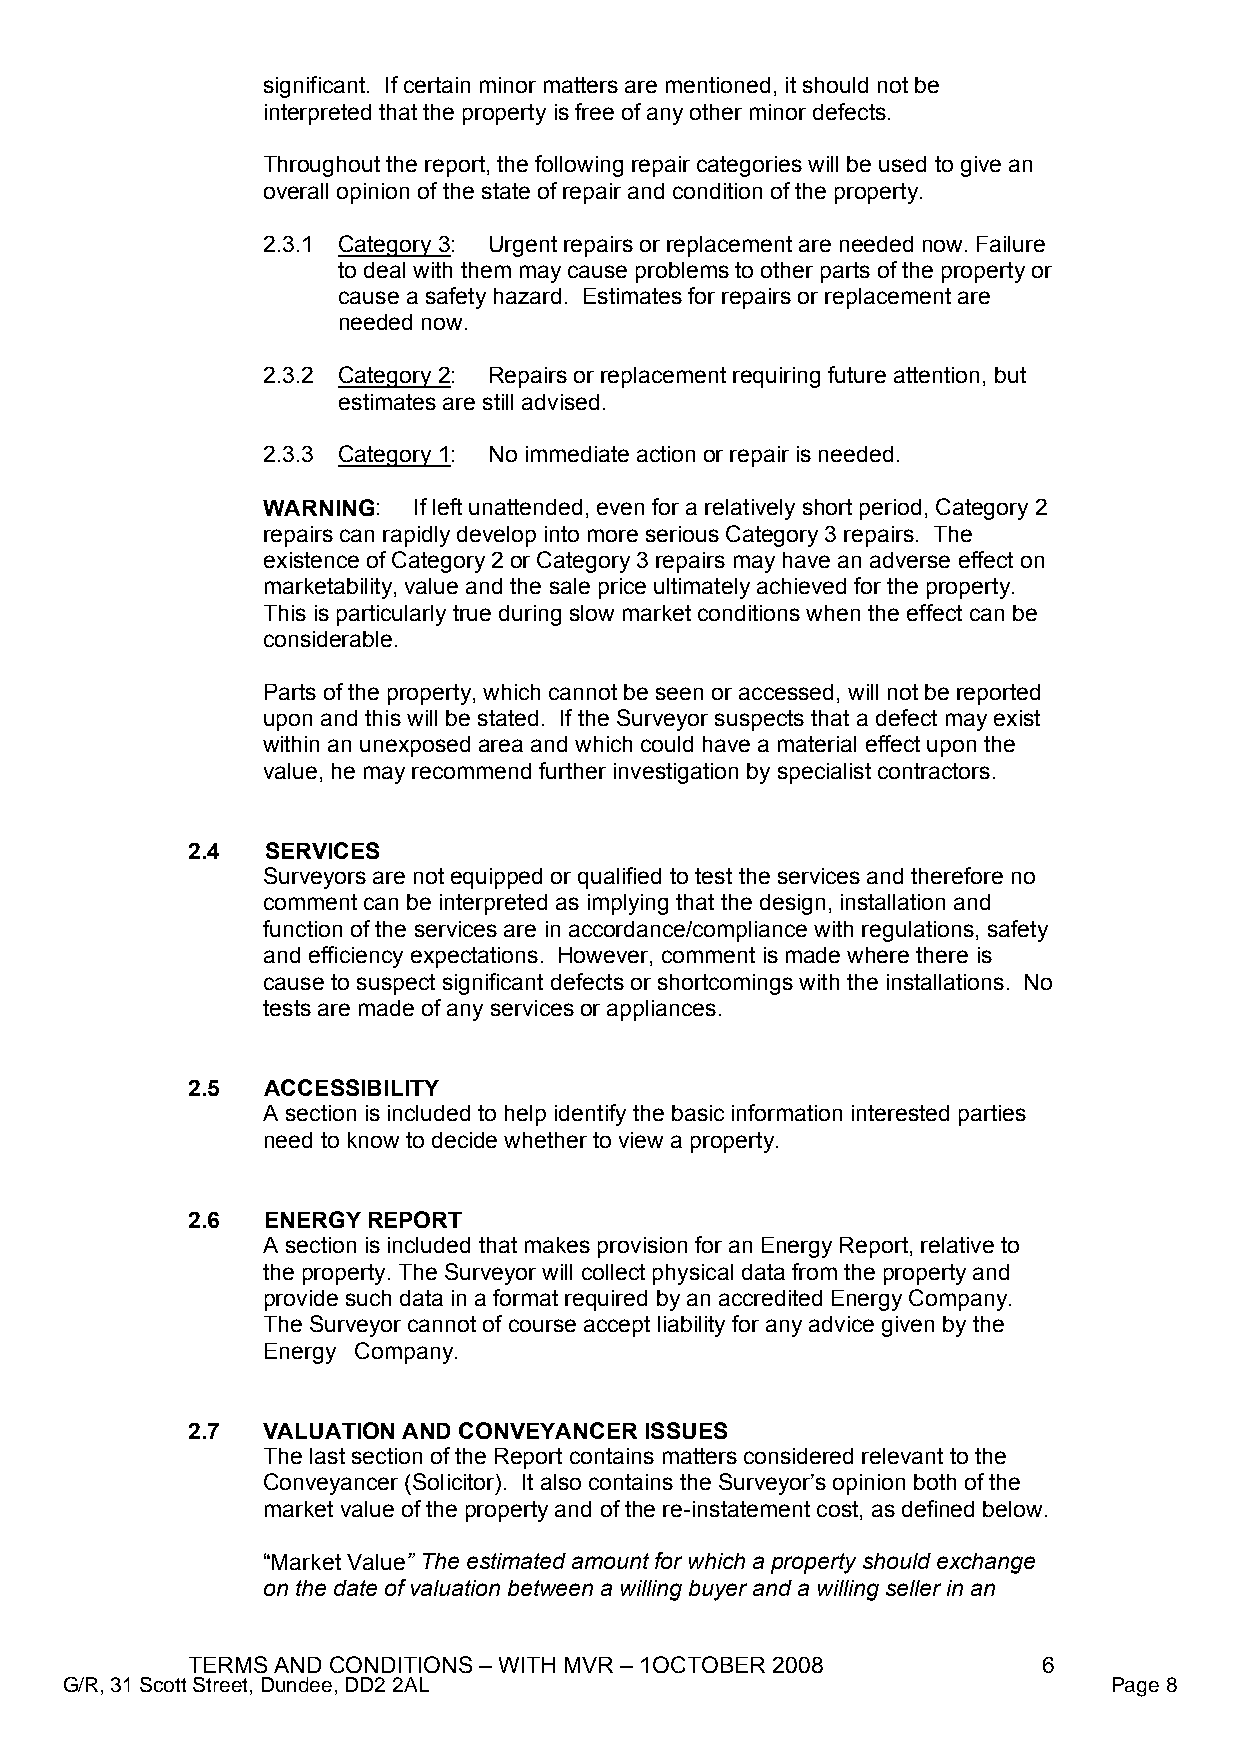
significant. If certain minor matters are mentioned, it should not be
 interpreted that the property is free of any other minor defects.
 Throughout the report, the following repair categories will be used to give an
 overall opinion of the state of repair and condition of the property.
 2.3.1 Category 3: Urgent repairs or replacement are needed now. Failure
 to deal with them may cause problems to other parts of the property or
 cause a safety hazard. Estimates for repairs or replacement are
 needed now.
 2.3.2 Category 2: Repairs or replacement requiring future attention, but
 estimates are still advised.
 2.3.3 Category 1: No immediate action or repair is needed.
 WARNING:  If left unattended, even for a relatively short period, Category 2
 repairs can rapidly develop into more serious Category 3 repairs. The
 existence of Category 2 or Category 3 repairs may have an adverse effect on
 marketability, value and the sale price ultimately achieved for the property.
 This is particularly true during slow market conditions when the effect can be
 considerable.
 Parts of the property, which cannot be seen or accessed, will not be reported
 upon and this will be stated. If the Surveyor suspects that a defect may exist
 within an unexposed area and which could have a material effect upon the
 value, he may recommend further investigation by specialist contractors.
 2.4   SERVICES
 Surveyors are not equipped or qualified to test the services and therefore no
 comment can be interpreted as implying that the design, installation and
 function of the services are in accordance/compliance with regulations, safety
 and efficiency expectations. However, comment is made where there is
 cause to suspect significant defects or shortcomings with the installations. No
 tests are made of any services or appliances.
 2.5   ACCESSIBILITY
 A section is included to help identify the basic information interested parties
 need to know to decide whether to view a property.
 2.6   ENERGY REPORT
 A section is included that makes provision for an Energy Report, relative to
 the property. The Surveyor will collect physical data from the property and
 provide such data in a format required by an accredited Energy Company.
 The Surveyor cannot of course accept liability for any advice given by the
 Energy Company.
 2.7  VALUATION AND CONVEYANCER ISSUES
 The last section of the Report contains matters considered relevant to the
 Conveyancer (Solicitor). It also contains the Surveyor’s opinion both of the
 market value of the property and of the re-instatement cost, as defined below.
 “Market Value” The estimated amount for which a property should exchange
 on the date of valuation between a willing buyer and a willing seller in an
 TERMS AND CONDITIONS – WITH MVR – 1OCTOBER 2008          6
 G/R, 31 Scott Street, Dundee, DD2 2AL                                 Page 8